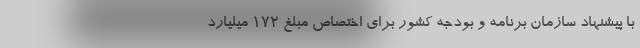
با پیشنهاد سازمان برنامه و بودجه کشور برای اختصاص مبلغ 172 میلیارد